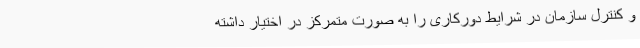
و کنترل سازمان در شرایط دورکاری را به صورت متمرکز در اختیار داشته